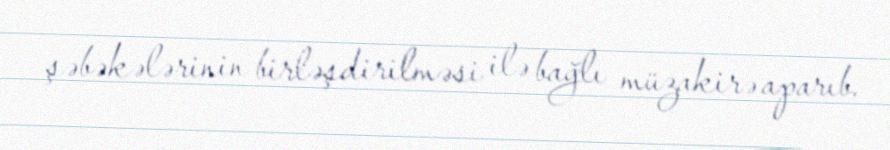
şəbəkələrinin birləşdirilməsi ilə bağlı müzakirə aparıb.